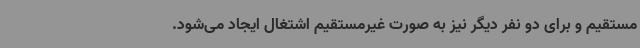
مستقیم و برای دو نفر دیگر نیز به صورت غیرمستقیم اشتغال ایجاد می‌شود.